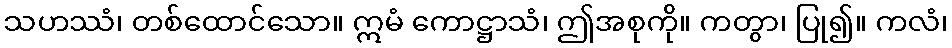
သဟဿံ၊ တစ်ထောင်သော။ ဣမံ ကောဋ္ဌာသံ၊ ဤအစုကို။ ကတွာ၊ ပြု၍။ ကလံ၊